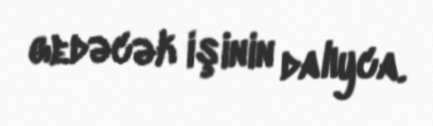
gedəcək işinin dalıyca.